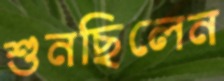
শুনছিলেন